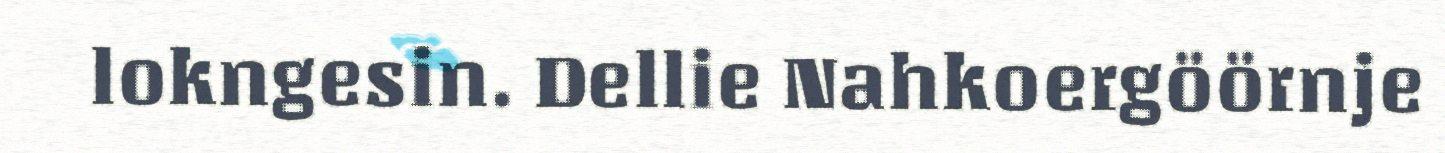
lokngesin. Dellie Nahkoergöörnje